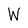
Character: W